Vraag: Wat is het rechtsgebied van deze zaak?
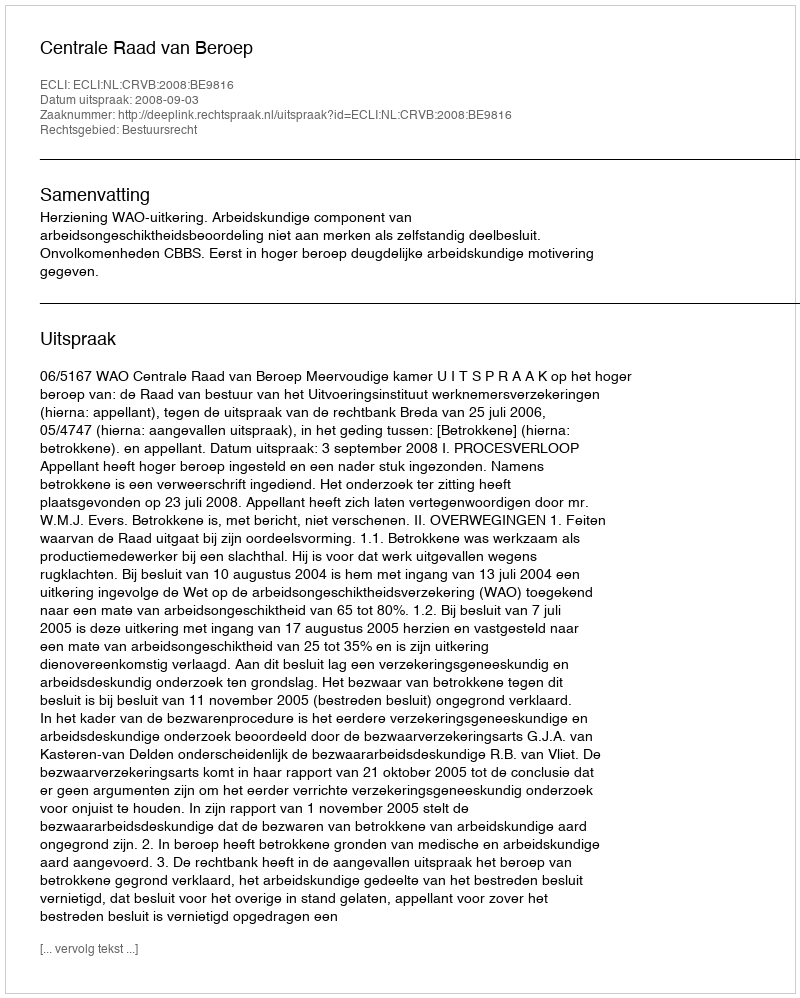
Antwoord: Bestuursrecht